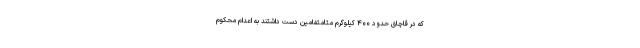
که در قاچاق حدود ۴۰۰ کیلوگرم متامتفامین دست داشتند به اعدام محکوم